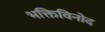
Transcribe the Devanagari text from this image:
भक्तिविनोद